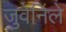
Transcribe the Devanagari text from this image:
जुवेनिले